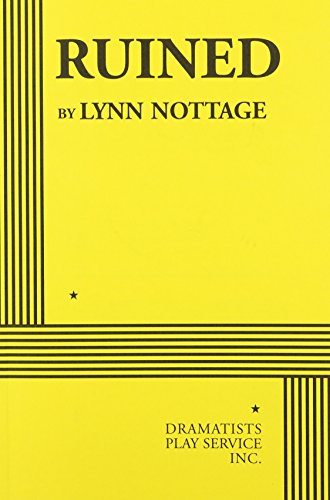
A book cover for Ruined - Acting Edition; Lynn Nottage; Literature & Fiction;